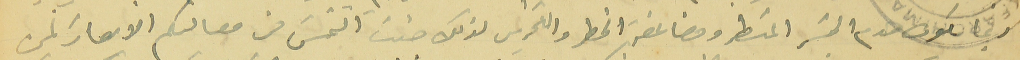
ربما يكون قدم الجسَر المسَطر ومضاعفة الخطر والتخريب لذلك جئت التمسَ من معاليكم الايعاز لمن